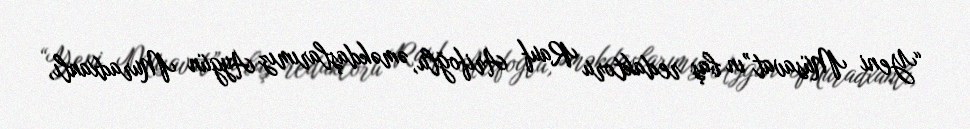
“Yeni Müsavat”ın baş redaktoru Rauf Arifoğlu, əməkdaşlarımız Aygün Muradxanlı,